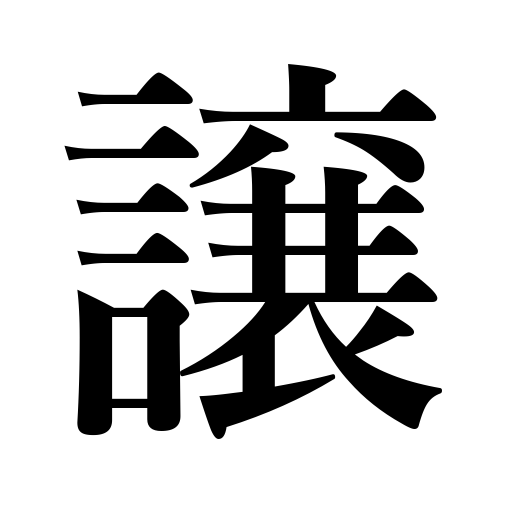
Meanings: assign,yield to,bequeath,dispose of,give up,sell,convey,postpone,defer,hand over,deed,give away,be inferior to,transfer,turn over